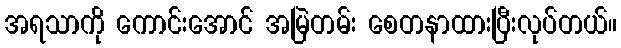
အရသာကို ကောင်းအောင် အမြဲတမ်း စေတနာထားပြီးလုပ်တယ်။